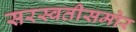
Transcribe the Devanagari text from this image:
सरस्वतीसमोर